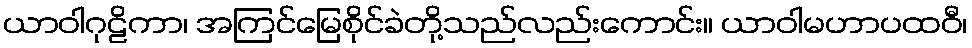
ယာဝါဂုဠိကာ၊ အကြင်မြေစိုင်ခဲတို့သည်လည်းကောင်း။ ယာဝါမဟာပထဝီ၊